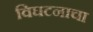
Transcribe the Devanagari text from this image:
विघटनाचा